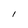
Character: l